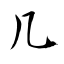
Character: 几